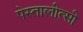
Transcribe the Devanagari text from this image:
पेस्तालीत्सी